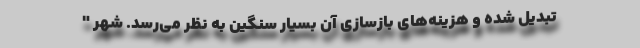
تبدیل شده و هزینه‌های بازسازی آن بسیار سنگین به نظر می‌رسد. شهر "